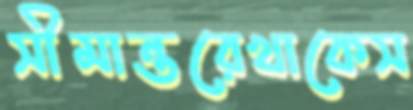
সীমান্তরেখাকেস